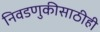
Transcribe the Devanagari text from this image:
निवडणुकीसाठीही